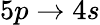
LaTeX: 5p\rightarrow 4s